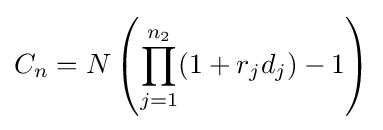
C_{n}=N\left(\prod _{j=1}^{n_{2}}(1+r_{j}d_{j})-1\right)